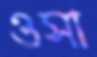
ওসা